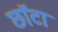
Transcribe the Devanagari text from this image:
छॉटा